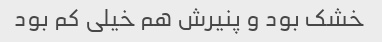
خشک بود و پنیرش هم خیلی کم بود